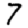
Digit: 7